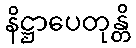
နိဋ္ဌာပေတုန္တိ